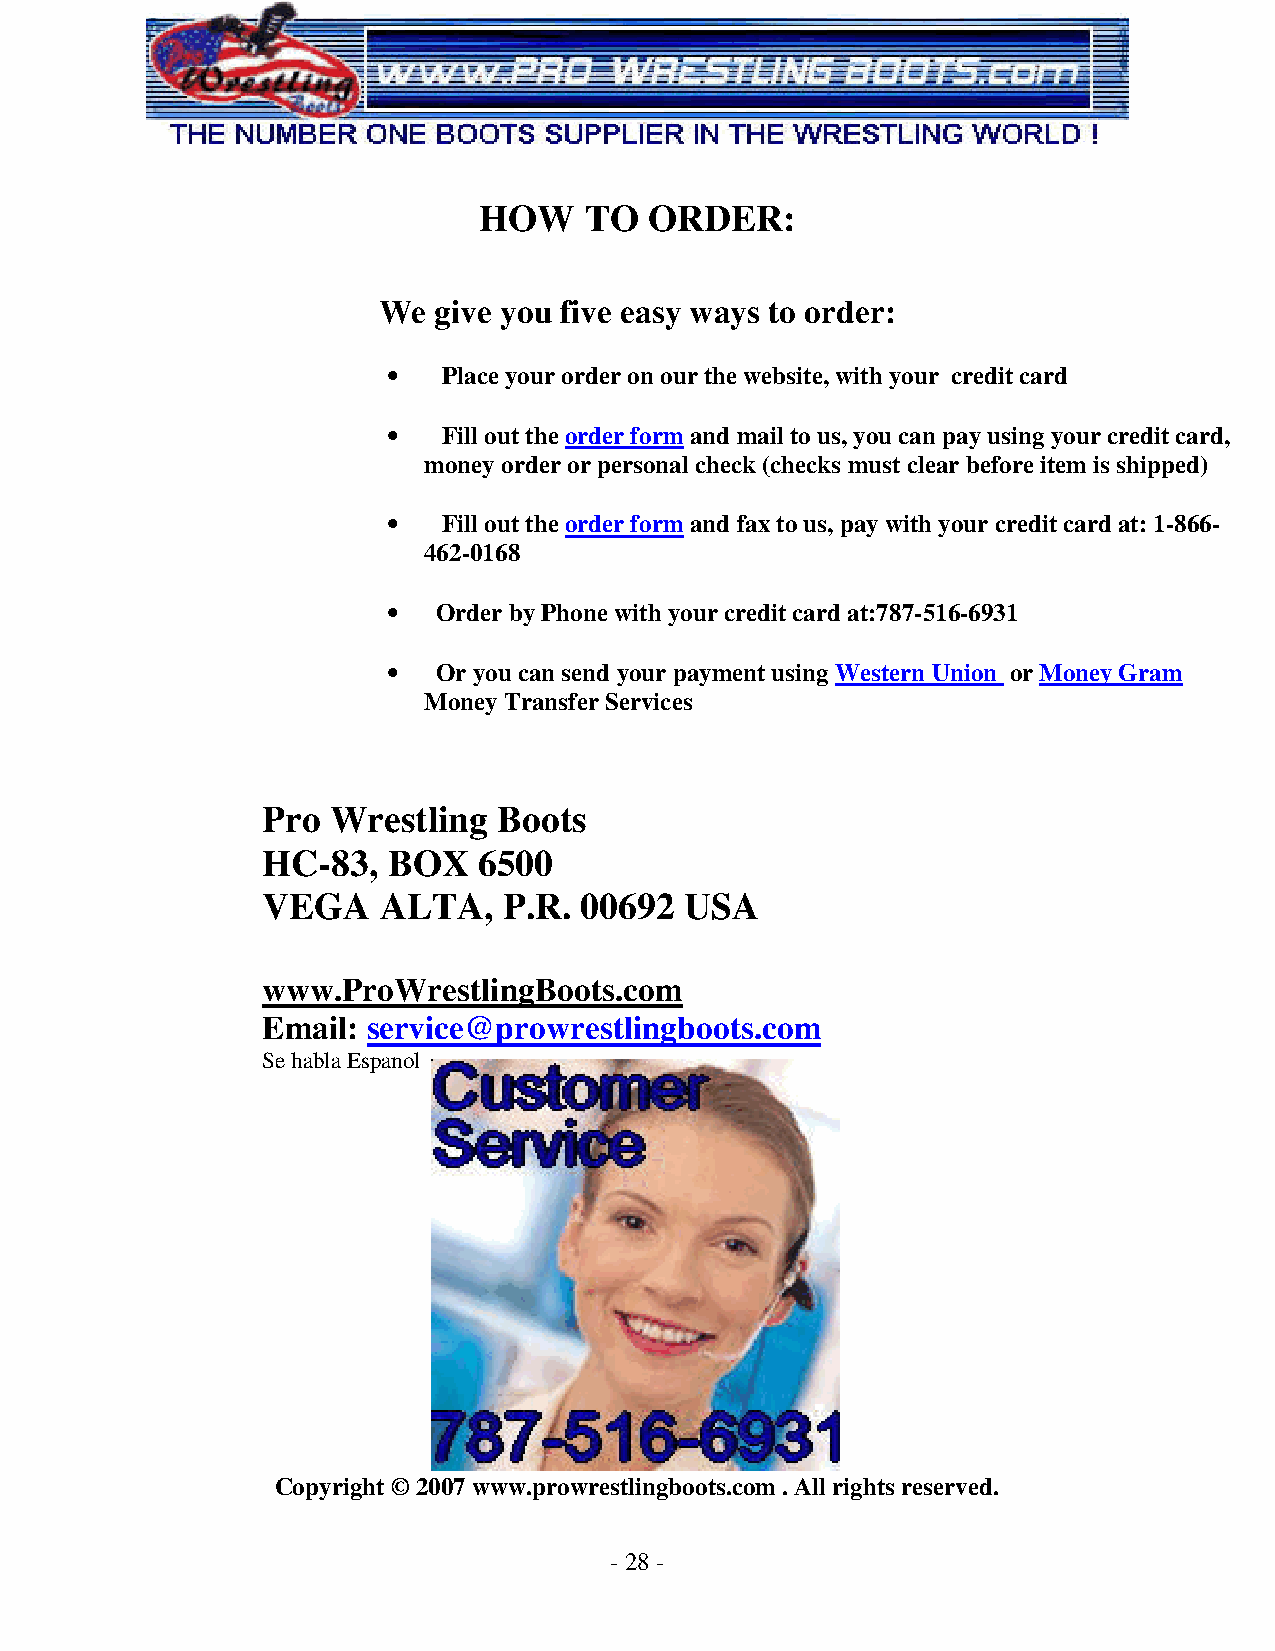
HOW    TO  ORDER:
 We  give you five easy ways to order:
 •  Place your order on our the website, with your credit card
 •  Fill out the order form and mail to us, you can pay using your credit card,
 money order or personal check (checks must clear before item is shipped)
 •  Fill out the order form and fax to us, pay with your credit card at: 1-866-
 462-0168
 •  Order by Phone with your credit card at:787-516-6931
 •  Or you can send your payment using Western Union or Money Gram
 Money Transfer Services
 Pro  Wrestling  Boots
 HC-83,   BOX   6500
 VEGA    ALTA,   P.R. 00692  USA
 www.ProWrestlingBoots.com
 Email: service@prowrestlingboots.com
 Se habla Espanol
 Copyright © 2007 www.prowrestlingboots.com . All rights reserved.
 - 28 -